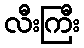
လီးကြီး